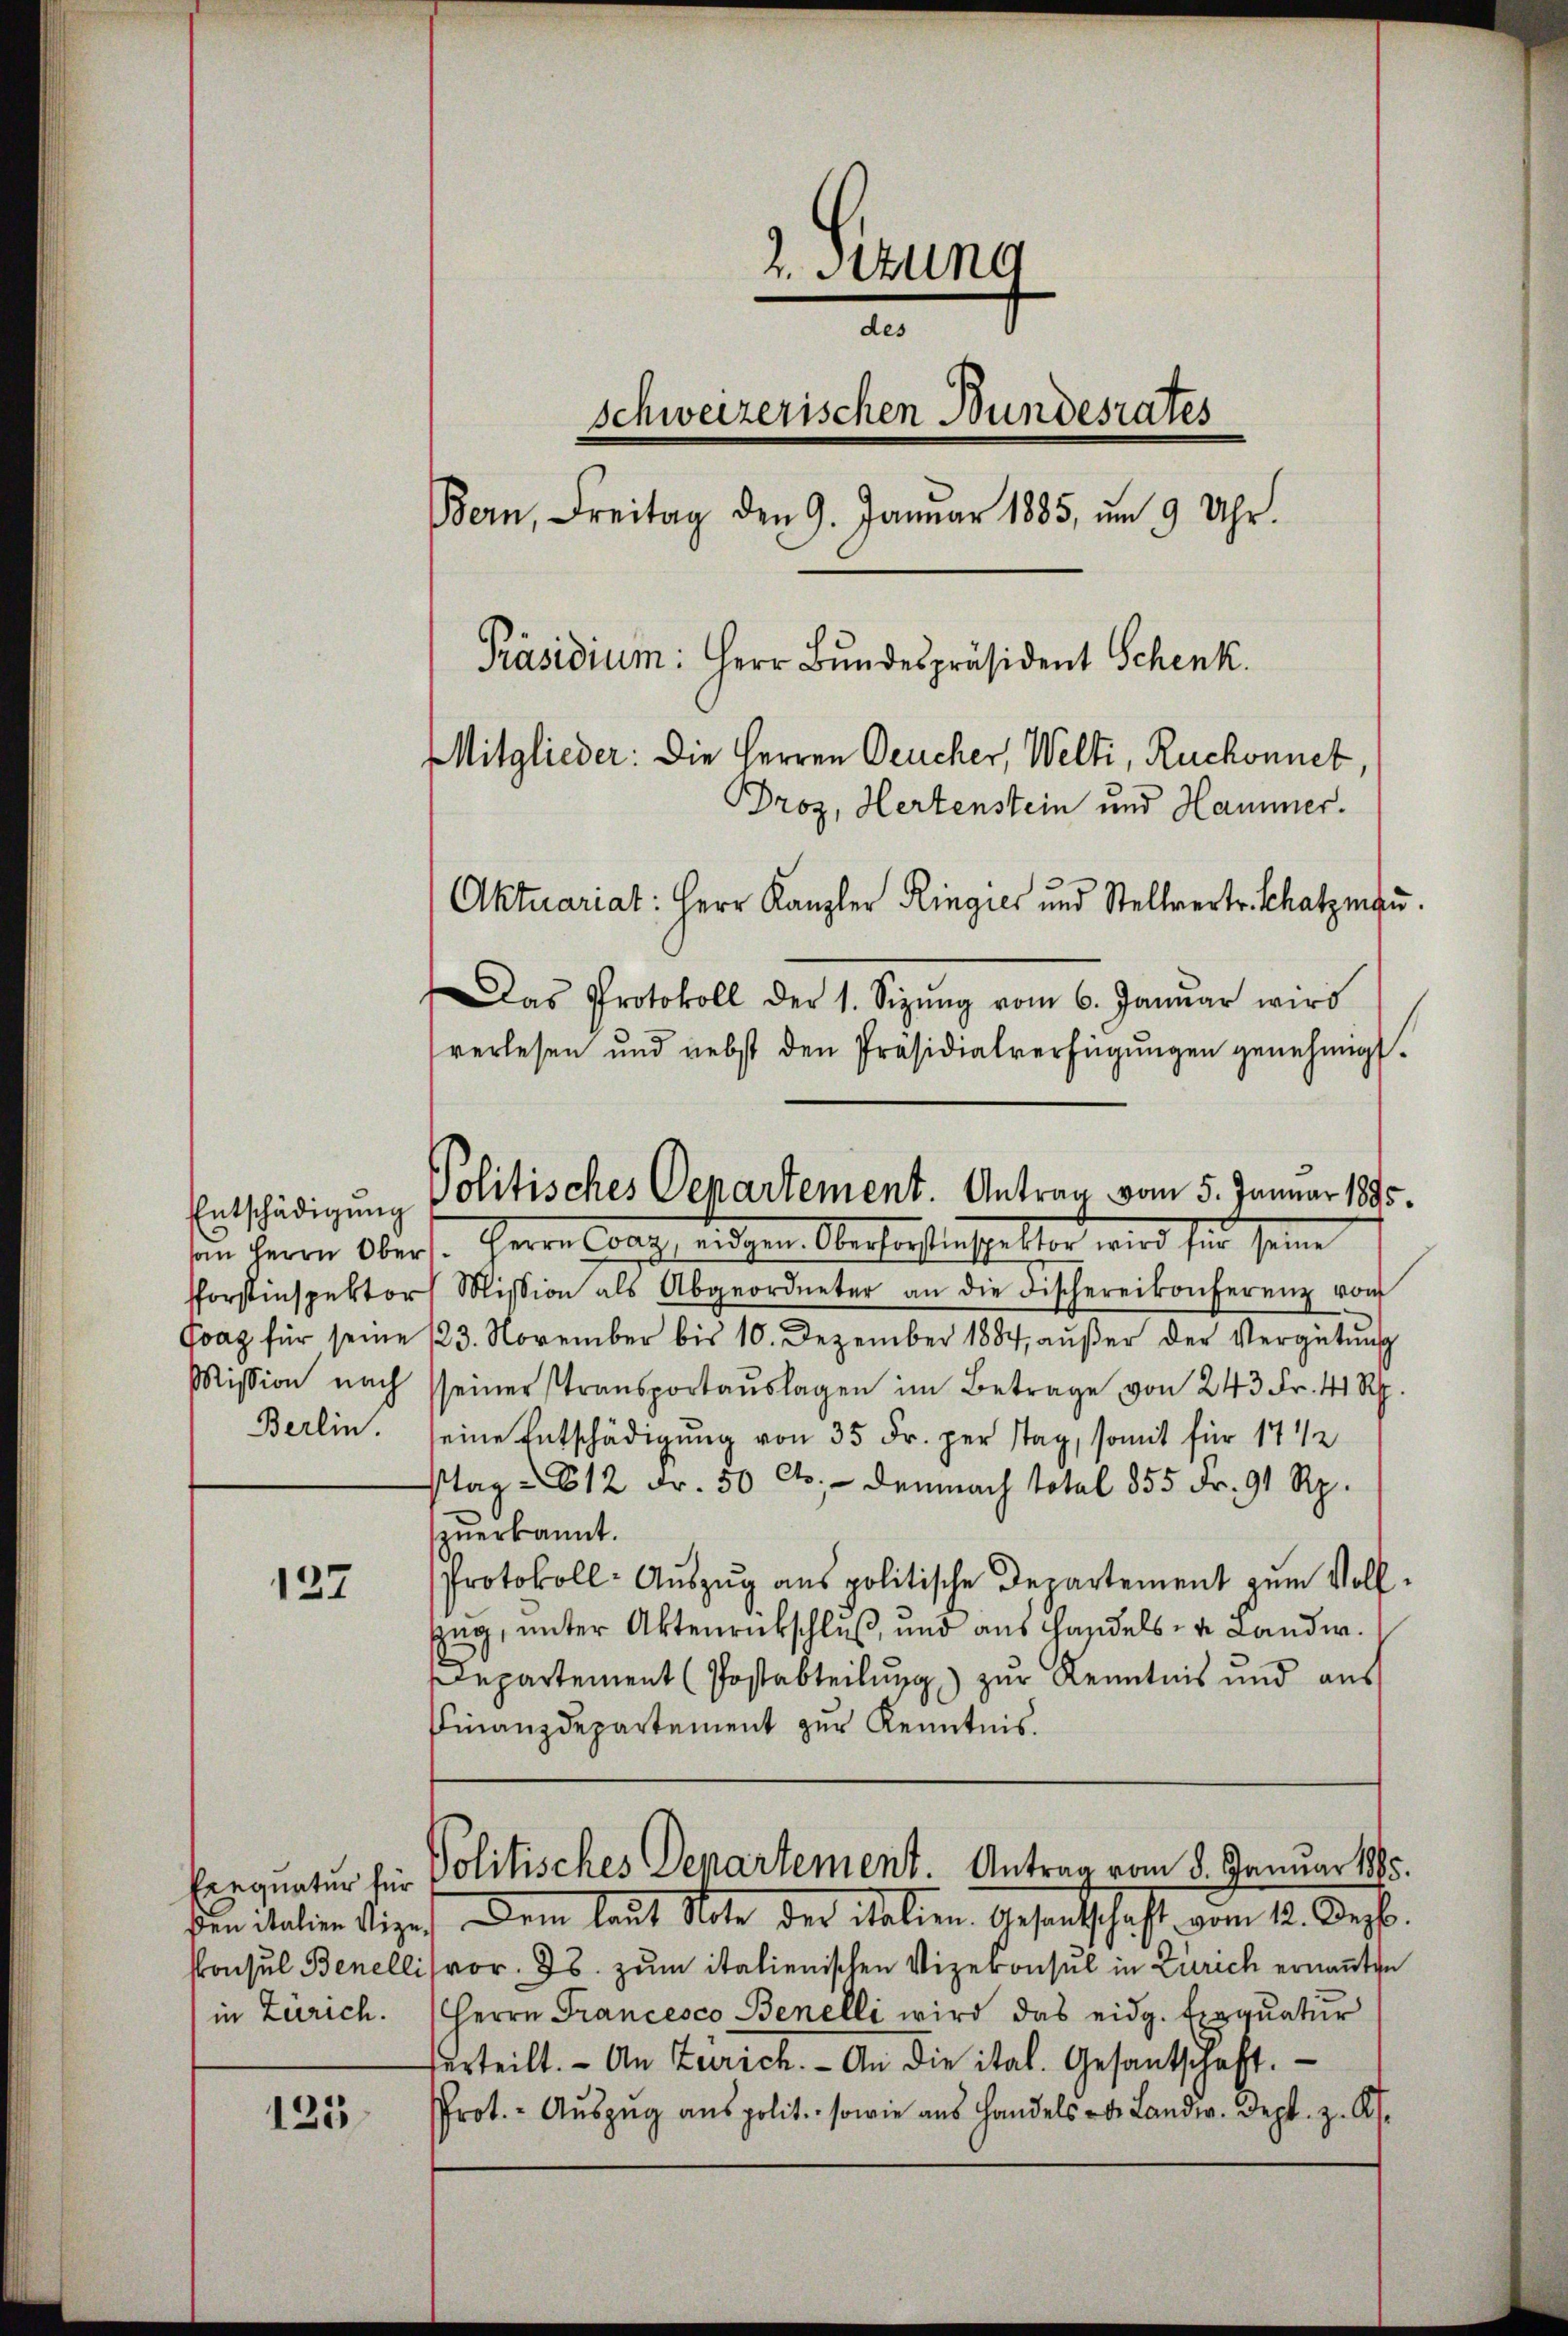
Berlin.

137

in Zürich.

125

2. Stung
des
schweizerischen Bundesrates
Bern, Freitag den 9. Januar 1885, um 9 Uhr.
Präsidium: Herr Bundespräsident Schenk.
Mitglieder: Die Herren Deucher, Welti, Ruchonnet,
Droz, Hertenstein und Hammer.
Aktuariat: Herr Kanzler Ringies und Stellvertr. Schatzman.
Das Protokoll der 1. Sizŭng vom 6. Janŭar wird
verlesen und nebst den Präsidialverfügŭngen genehmigt.

fforstinspektor Mission als Abgeordneter an die Fischereikonferenz von
Gvaz für seine 123. November bis 10. Dezember 1887 aŭβer der Vergütŭng
Mission nach seiner Transportaŭslagen im Betrage von 243 Fr. 41 Rp.
seine Entschädigung von 35 Fr. per Stag, somit für 17 ½
stag - 612 Fr. 50 Cts. — Demnach total 855 Fr. 91 Rp.
zŭerkannt.
Protokoll- Aŭszŭg ans politische Departement zum Voll¬
Zug, unter Aktenrückschluß, und aus Handels- u. Landw.
Departement (Postabteilung) zur Kenntnis und aus
Finanzdepartement zur Kenntnis.

Entschädigung Politisches Departement. Antrag vom 5. Januar 1895.
von Herrn Obers. Herrn Corps, eingen Oberforstnissestor wird sie seine

Erequatur für Politisches Departement. Antrag vom 8. Januar 1895.

ben italien Vize. Dem laut Note der italien Gesandtschaft vom 12. Dezbr.
konsul Benelli vor. Js. zum italienischen Vizekonsul in Zürich ernannten
Herrn Francesco Benelli wird das eidg. Exequatur
erteilt. - An Zürich. - An die ital. Gesantschaft.
Prot. - Aŭszŭg aŭs polit. sowie aus Handels de Landw. Dept. z. A.